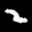
Label: 2